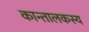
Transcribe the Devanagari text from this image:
कान्तालकस्य